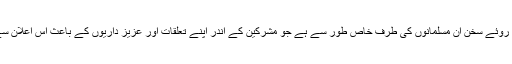
خطاب اگرچہ بظاہر عام ہے لیکن روئے سخن ان مسلمانوں کی طرف خاص طور سے ہے جو مشرکین کے اندر اپنے تعلقات اور عزیز داریوں کے باعث اس اعلان سے تشویش میں مبتلا ہو گئے تھے۔